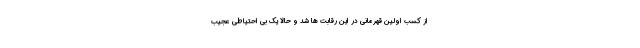
از کسب اولین قهرمانی در این رقابت ها شد و حالا یک بی احتیاطی عجیب